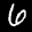
Label: 6